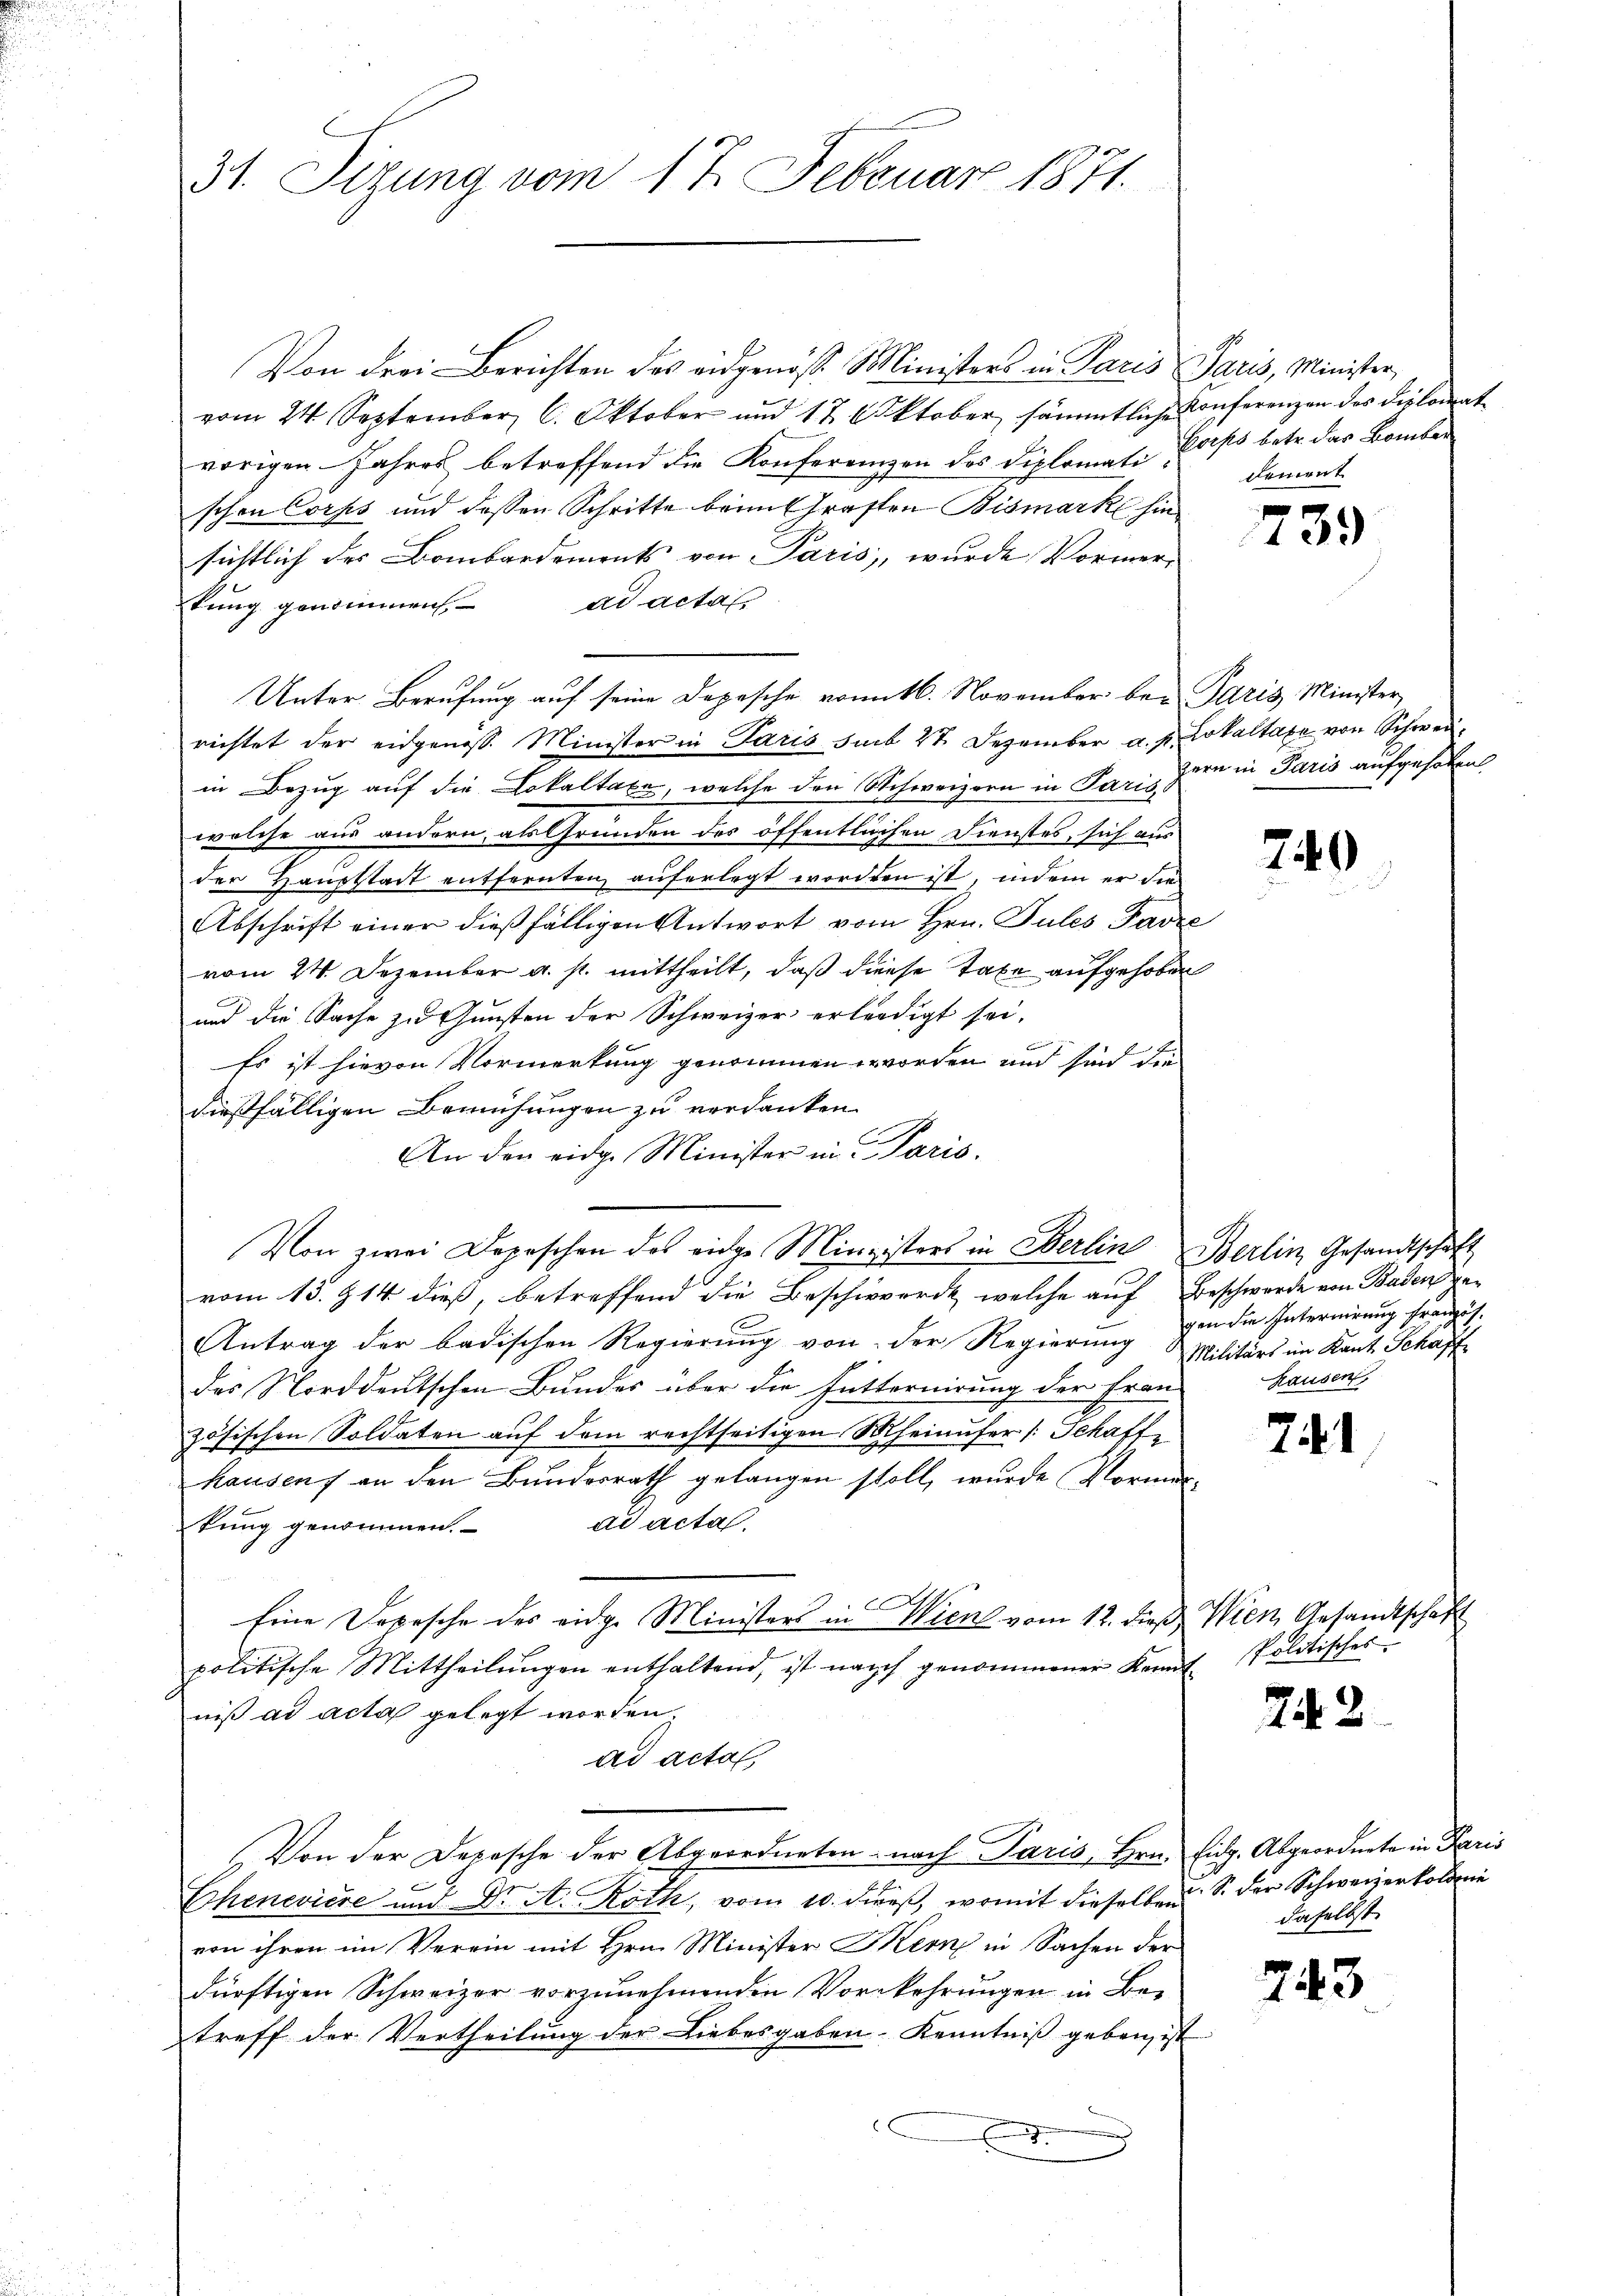
31. Sizung vom 17. Februar 1871.

Von drei Berichten des eidgenöß. Ministers in Paris Paris, Minister,
vom 24. September 6. Oktober und 17. Oktober sämmtliche Conferenzen des Diplomat
vorigen Jahres betreffend die Konferenzen des Diplomati Corps betr. das Bamber
schen Corps und dessen Schritte beim Grasten Bismark hin
sichtlich des Bombardements von Paris, wurde Vormerkung genommen. ad acta.
Unter Berufung auf seine Depesche vom 16. November bei Paris Minister
richtet der eidgenoss. Minister in Paris sub 24 Dezember a. p. Lokaltaxe von Schweiin Bezug auf die Lokaltaxe, welche den Schweizern in Pari zern in Paris aufgehoben
welche aus andern, als Gründen des öffentlichen Dienstes, sich aus
der Hausstadt entfernten auferlegt worden ist, indem er die
Abschrift einer dießfälligen Antwort vom Hrn. Tules Favre
vom 24. Dezember a. p. mittheilt, daß diese Taxe aufgehoben
und die Sache zu Gunsten der Schweizer erledigt sei.
Es ist hievon Vormerkung genommen worden und sind die
dießfälligen Bemühungen zu verdanken.
An den eidg. Minister in Paris.
Von zwei Depeschen des einge Ministers in Berlin Berlin Gesandtschaft
vom 13. 914. dieß, betreffend die Beschwerdt, welche auf Beschwerde von Baden da¬
2
Antrag der badischen Regierung von der Regierung Militärs im Kant. Schaffdas Norddeutschen Bundes über die Futternirung der Frau
zösischen Soldaten auf dem rechtseitigen Scheinufer /: Schaffe
hausen) an den Bundesrath gelangen stoll, wurde Vormirad acta.
kung genommen.
Eine Depesche des eidg. Ministers in Wien vom 12. dieß. Wien Gesandtschaf
politische Mittheilŭngen enthaltend, ist nach genommener Kennt Politischer
niß ad acta gelegt worden.
ad acta
Von der Depesche der Abgeordneten nach Paris, Hrn. Eidg. Abgeordnete in Paris
d
Chenevière und Dr. A. Röth, vom 10. dieβ, womit dieselben S. der Schweizerkolonie
von ihren im Verein mit Hrn. Minister Kern in Sachen der
dürftigen Schweizer vorzunehmenden Vorkehrungen in Be-
treff der Vertheilung der Liebesgaben. Kenntniß geben ist
l
e

dement

739

240

gen die Internirung französ.
hausen.

71

242

daselbst.

743